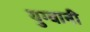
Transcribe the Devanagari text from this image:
युग्वानी